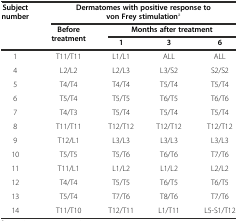
<table><thead><tr><td rowspan="3"><b>Subject number</b></td><td colspan="4"><b>Dermatomes with positive response to von Frey stimulation<sup>a</sup></b></td></tr><tr><td rowspan="2"><b>Before treatment</b></td><td colspan="3"><b>Months after treatment</b></td></tr><tr><td><b>1</b></td><td><b>3</b></td><td><b>6</b></td></tr></thead><tbody><tr><td>1</td><td>T11/T11</td><td>L1/L1</td><td>ALL</td><td>ALL</td></tr><tr><td>4</td><td>L2/L2</td><td>L2/L3</td><td>L3/S2</td><td>S2/S2</td></tr><tr><td>5</td><td>T4/T4</td><td>T4/T4</td><td>T5/T4</td><td>T5/T4</td></tr><tr><td>6</td><td>T5/T4</td><td>T5/T5</td><td>T6/T5</td><td>T6/T6</td></tr><tr><td>7</td><td>T4/T3</td><td>T5/T4</td><td>T5/T4</td><td>T5/T4</td></tr><tr><td>8</td><td>T11/T11</td><td>T12/T12</td><td>T12/T12</td><td>T12/T12</td></tr><tr><td>9</td><td>T12/L1</td><td>L3/L3</td><td>L3/L3</td><td>L3/L3</td></tr><tr><td>10</td><td>T5/T5</td><td>T5/T6</td><td>T6/T6</td><td>T7/T6</td></tr><tr><td>11</td><td>T11/L1</td><td>L1/L2</td><td>L1/L2</td><td>L2/L2</td></tr><tr><td>12</td><td>T4/T4</td><td>T5/T5</td><td>T6/T5</td><td>T6/T5</td></tr><tr><td>13</td><td>T5/T4</td><td>T7/T6</td><td>T8/T6</td><td>T7/T6</td></tr><tr><td>14</td><td>T11/T10</td><td>T12/T11</td><td>L1/T11</td><td>L5-S1/T12</td></tr></tbody></table>